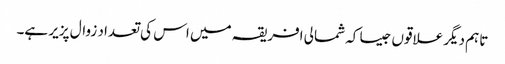
تاہم دیگر علاقوں جیسا کہ شمالی افریقہ میں اس کی تعداد زوال پزیر ہے۔